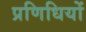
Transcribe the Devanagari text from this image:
प्रणिधियों